Vaccination in Burma 1920-1933 - 1920-1933
Year: 1920
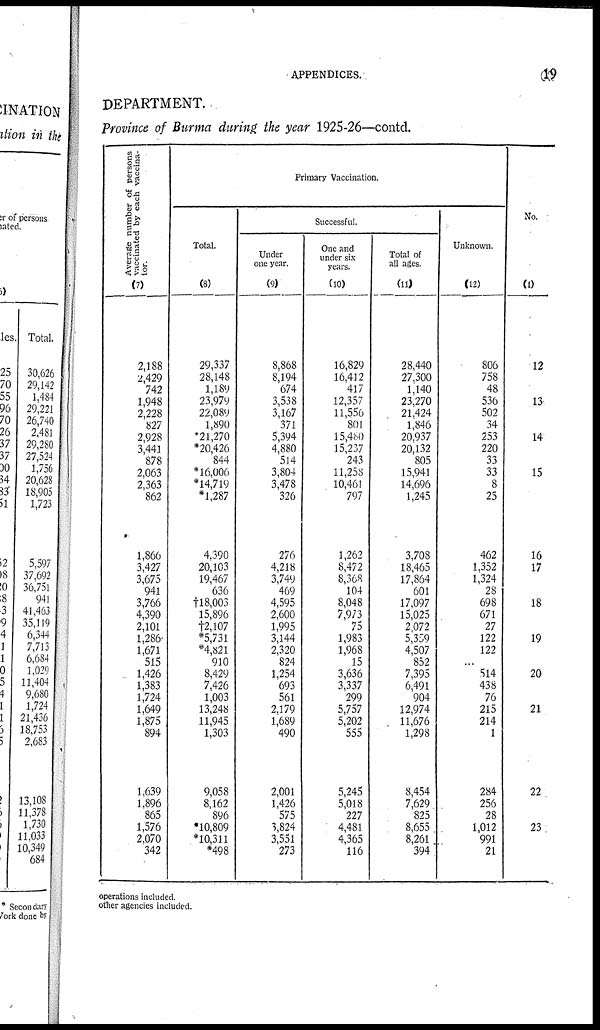
APPENDICES.
19
DEPARTMENT.
Province of Burma during the year 1925-26—contd.
Average number of persons
vaccinated by each vaccina-
tor.
(7)
2,188
2,429
742
1,948
2,228
827
2,928
3,441
878
2,063
2,363
862
1,866
3,427
3,675
941
3,766
4,390
2,101
1,286
1,671
515
1,426
1,383
1,724
1,649
1,875
894
1,639
1,896
865
1,576
2,070
342
Primary Vaccination.
Total.
(8)
29,337
28,148
1,189
23,979
22,089
1,890
*21,270
*20,426
844
*16,006
*14,719
*1,287
4,390
20,103
19,467
636
†18,003
15,896
†2,107
*5,731
*4,821
910
8,429
7,426
1,003
13,248
11,945
1,303
9,058
8,162
896
*10,809
*10,311
*498
Successful.
Under
one year.
(9)
8,868
8,194
674
3,538
3,167
371
5,394
4,880
514
3,804
3,478
326
276
4,218
3,749
469
4,595
2,600
1,995
3,144
2,320
824
1,254
693
561
2,179
1,689
490
2,001
1,426
575
3,824
3,551
273
One and
under six
years.
(10)
16,829
16,412
417
12,357
11,556
801
15,480
15,237
243
11,258
10,461
797
1,262
8,472
8,368
104
8,048
7,973
75
1,983
1,968
15
3,636
3,337
299
5,757
5,202
555
5,245
5,018
227
4,481
4,365
116
Total of
all ages.
(11)
28,440
27,300
1,140
23,270
21,424
1,846
20,937
20,132
805
15,941
14,696
1,245
3,708
18,465
17,864
601
17,097
15,025
2,072
5,359
4,507
852
7,395
6,491
904
12,974
11,676
1,298
8,454
7,629
825
8,655
8,261
394
Unknown.
(12)
806
758
48
536
502
34
253
220
33
33
8
25
462
1,352
1,324
28
698
671
27
122
122
...
514
438
76
215
214
1
284
256
28
1,012
991
21
No.
(1)
12
13
14
15
16
17
18
19
20
21
22
23
operations included.
other agencies included.